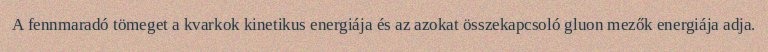
A fennmaradó tömeget a kvarkok kinetikus energiája és az azokat összekapcsoló gluon mezők energiája adja.